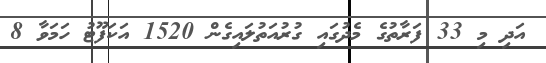
އަދި މި 33 ފަރާތުގެ މެދުގައި ގުރުއަތުލައިގެން 1520 އަކަފޫޓު ހަމަވާ 8